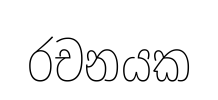
රචනයක